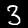
Label: 3